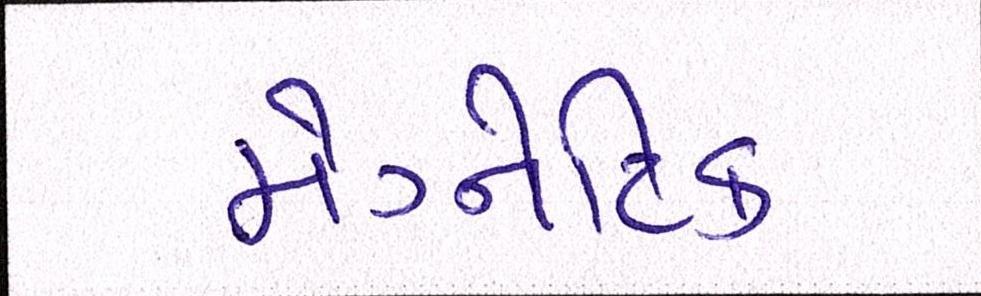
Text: મેગ્નેટિક